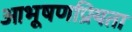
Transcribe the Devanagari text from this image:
आभूषणप्रियता